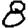
Digit: 8